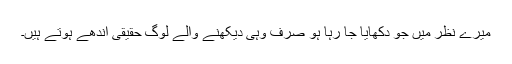
میرے نظر میں جو دکھایا جا رہا ہو صرف وہی دیکھنے والے لوگ حقیقی اندھے ہوتے ہیں۔